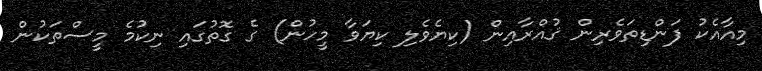
މިއާއެކު ފަންޑިތަވެރިން ޤުއްރާއިން (ކިޔެވެލި ކިޔަވާ މީހުން) ގެ ގޮތުގައި ނިކުމެ މީސްތަކުން